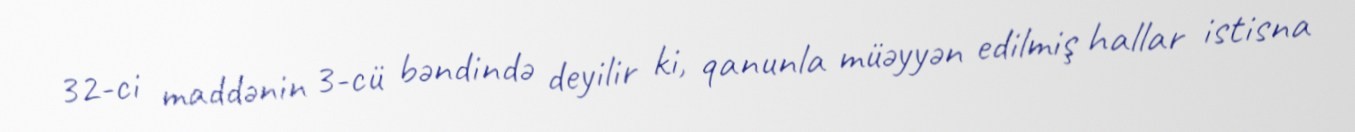
32-ci maddənin 3-cü bəndində deyilir ki, qanunla müəyyən edilmiş hallar istisna